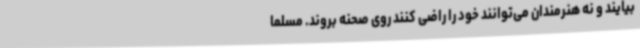
بیایند و نه هنرمندان می‌توانند خود را راضی کنند روی صحنه بروند. مسلما